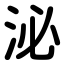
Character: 泌